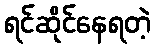
ရင်ဆိုင်နေရတဲ့